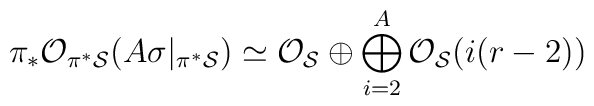
\pi_*{\cal O}_{\pi^* {\cal S}}(A\sigma|_{\pi^* {\cal S}}) \simeq{\cal O}_{{\cal S}} \oplus \bigoplus_{i=2}^{A} {\cal O}_{{\cal S}}(i (r-2))